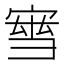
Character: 𡩝